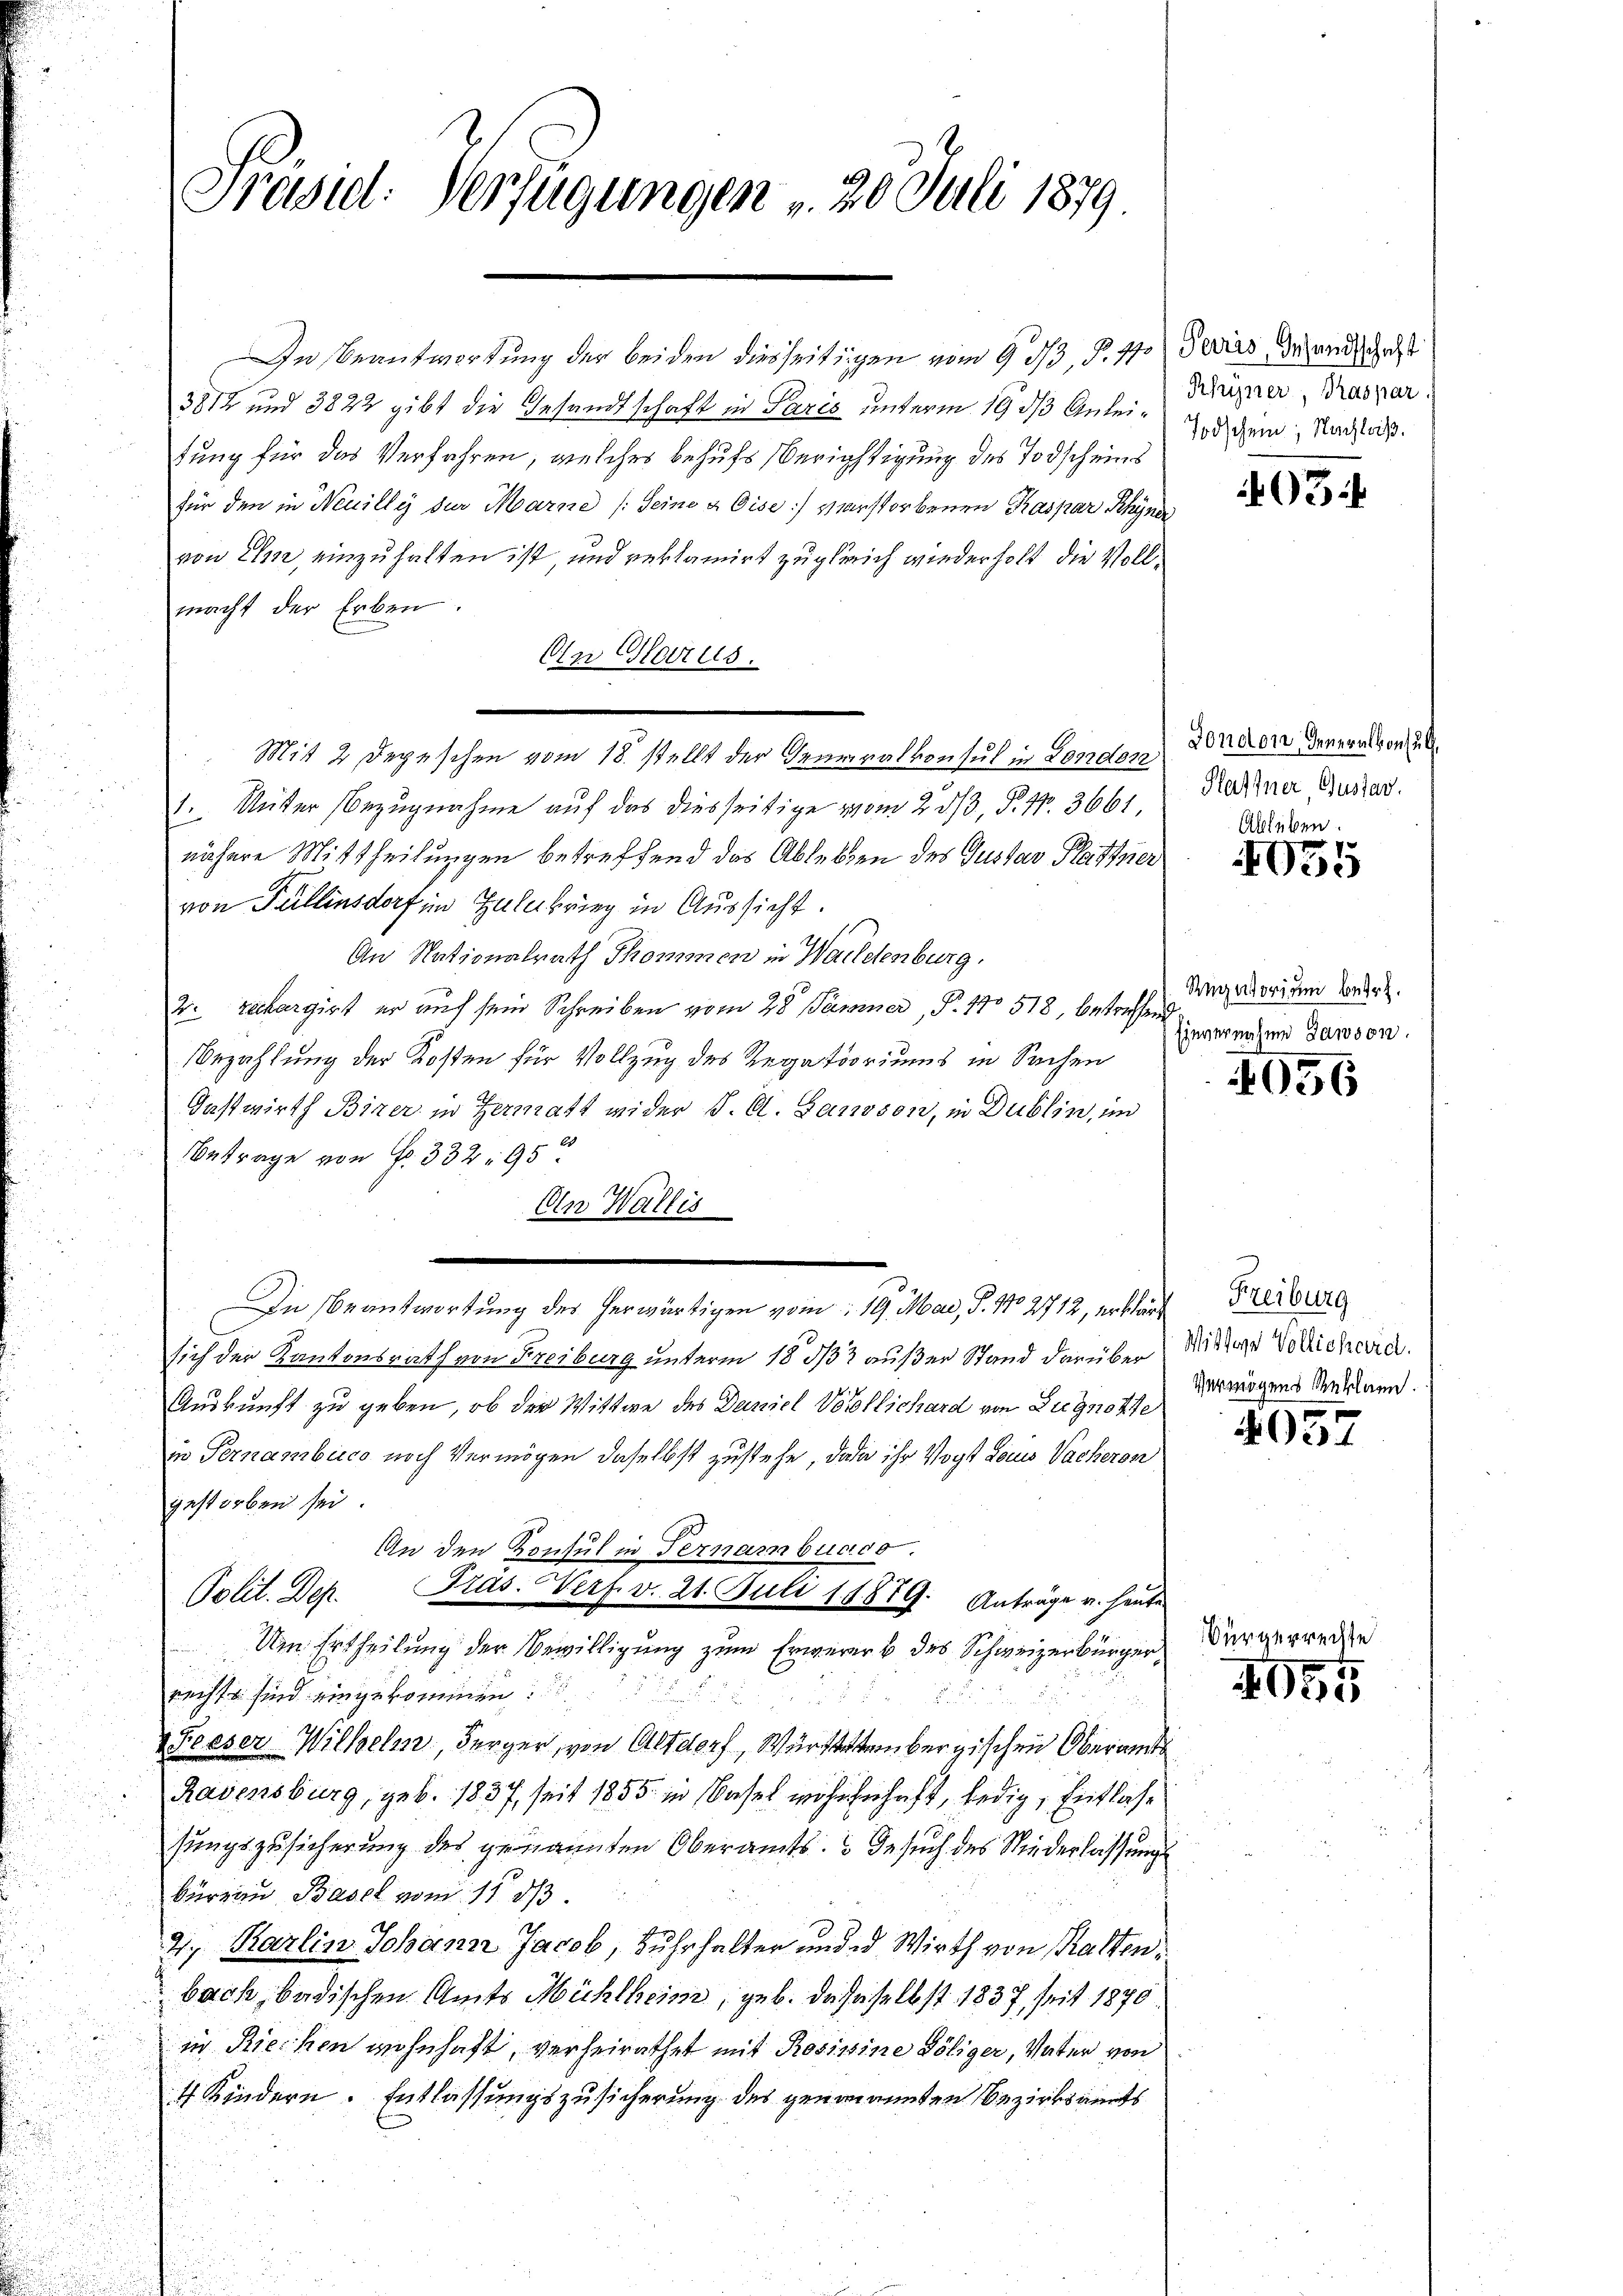
Präsid. Verfügungen 20. Juli 1879.

In Beantwortung der beiden diesseitigen vom 9 3/3, P. 47
3812 und 3822 gibt die Gesandtschaft in Paris unterm 19. ds Anleitung für das Verfahren, welches behufs Berichtigung des Todscheins
für den in Neuilly der Marne (Seine & Eise verstorbenen Kaspar Rhyner
von Ihm, einzuhalten ist und reklamirt zugleich wiederholt, die Vollmacht der Erben.
On Glarus.
1. Unter Bezugnahme auf das diesseitige vom 23/3, P. Nr. 3661
nähere Mittheilungen betreffend das Ableben des Gustav Plattner
von Füllensdorf im Huldbrieg in Aussicht.
An Nationalrath Thommen in Waldenburg.
2. rechargirt er auf sein Schreiben vom 28 Jänner, P. No 518, betreffen
Bezahlung der Kosten für Vollzug des Regatoriums in Sachen
Gastwirth Birer in Hermatt wider J. A. Landson, in Dublin, im
Betrage von Nr. 332. 950
An Wallis
In Beantwortung des herwärtigen vom 19. Mai, P. No 2712, erklärt Freiburg
sich der Kantonsrath von Freiburg unterm 18. 332 außer Stand darüber
Auskunft zu geben, ob der Wittwe des Daniel Vorpflichard von Zugnotte
in Pernambico noch Vermögen daselbst zustehe, das ihr Vogt Louis Sacheron
gestorben sei.
An den Konsul in Fernam bunde
Gras. Verf. v. 21. Juli 18819. Anträge u. heute
Polit. Dep
Um Ertheilung der Bewilligung zum Erwerer & des Schweizerbürgerrechts sind eingekommen:

.
Feeser-Wilhelm, Berger, von Altdorf, Württembergischen Oberamt
Ravensburg, geb. 1837, seit 1855 in Basel wohnhaft, ledig, Entlassungszusicherung des genannten Oberamts Gesuch des Niederlassung
Büreau Basel vom 11. d.
2., Karlin Johann Jacob, Suhrhalter und d Wirth von Kaltenbach, badischen Amts Mühlheim, geb. dasselbst 1837, seit 1870.
in Riechen wohnhaft, verheirathet mit Rosimine Pöliger, Vater von
4 Kindern. Entlassungszusicherung des genanannten Bezirksamts

Mit 2 Depeschen vom 18. stellt der Seuriralkonsul in London

Paris, Gesandtschaft
Khüner, Praspar
Todschein; Nachlaß.

Bürg

93

Fondon, Generalkonsul
Plaftner Gustav.
Ableben.

1035

Rignorium betr.
Einvernahme dawson.

4056

Mittere Vollichard.
Vermögens Reklann.

4057

z rechte

455